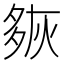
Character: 㷇